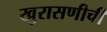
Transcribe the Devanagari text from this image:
खुरासणीची